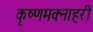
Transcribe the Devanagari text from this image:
कृष्णमक्नाहरी